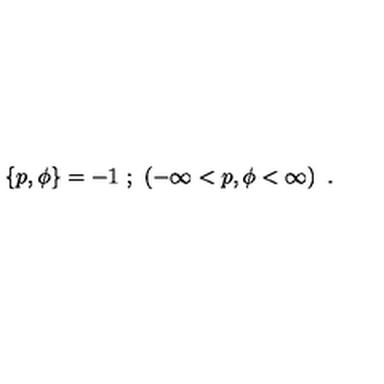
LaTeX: \left\{ p , \phi \right\} = - 1 \ ; \ \left( - \infty < p , \phi < \infty \right) \ .